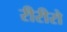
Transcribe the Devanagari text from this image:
रीरीरो